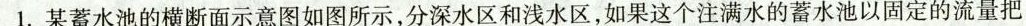
1.某蓄水池的横断面示意图如图所示，分深水区和浅水区，如果这个注满水的蓄水池以固定的流量